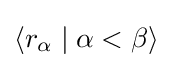
\langle r_{\alpha }\mid \alpha <\beta \rangle